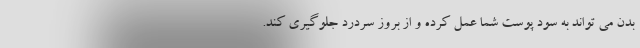
بدن می تواند به سود پوست شما عمل کرده و از بروز سردرد جلوگیری کند.